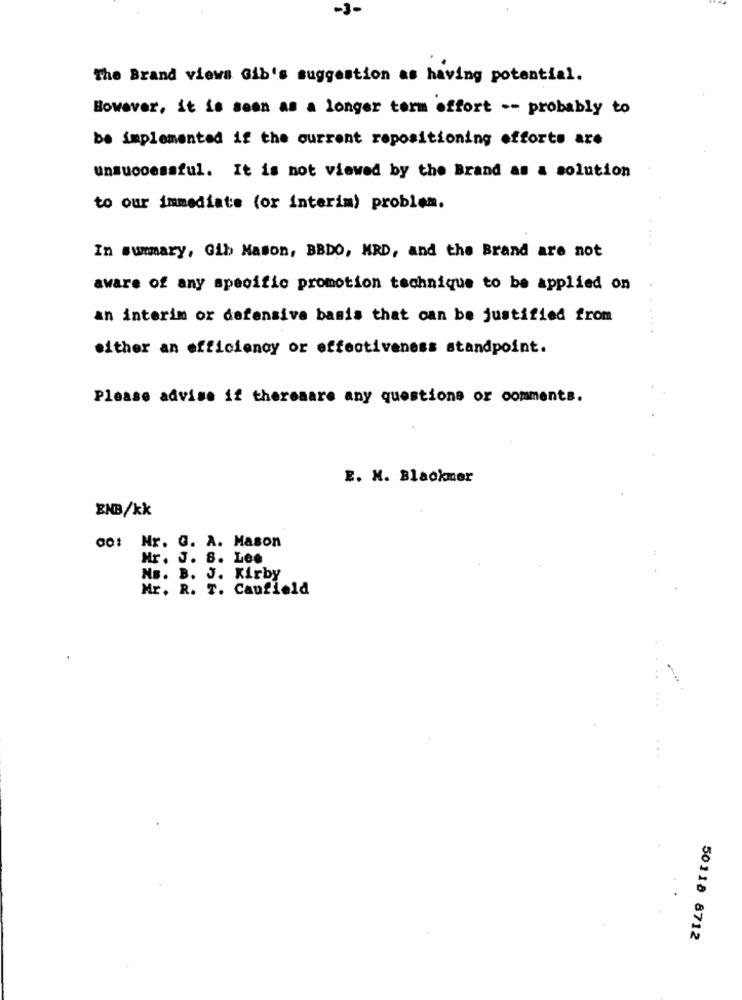
-3-
The Brand views Gib's suggestion as having potential.
However, it is seen as a longer term effort -- probably to
be implemented if the current repositioning efforts are
unsuccessful. It is not viewed by the Brand as & solution
to our immediate (or interim) problem.
In summary, Gib Mason, BBDO, MRD, and the Brand are not
aware of any specific promotion technique to be applied on
an interim or defensiva basis that can be justified from
.....
either an efficiency or effectiveness standpoint.
Please advise if thereaare any questions or comments.
E. M. Blackmer
ENB/kk
00: Nr. G. A. Mason
Mr. J. 8. Lee
NB. B. J. Kirby
Mr. R. T. Caufield
50118 8712